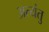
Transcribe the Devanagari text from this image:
अत्यंतु